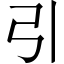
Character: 引